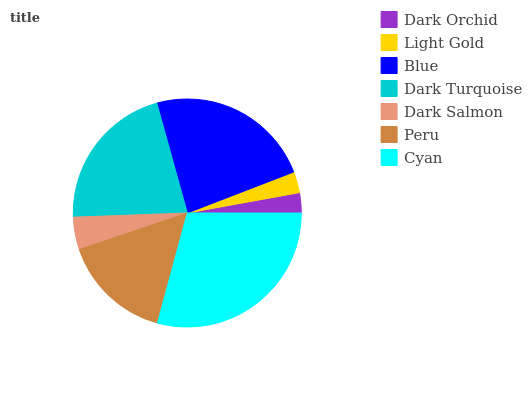
| Dark Orchid | Light Gold | Blue | Dark Turquoise | Dark Salmon | Peru | Cyan |
 | --- | --- | --- | --- | --- | --- | --- |
 | 2.86% | 2.99% | 23.4% | 21.3% | 4.6% | 15.6% | 29.3% |